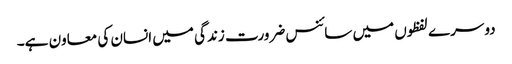
دوسرے لفظوں میں سائنس ضرورت زندگی میں انسان کی معاون ہے۔